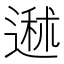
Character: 䢤